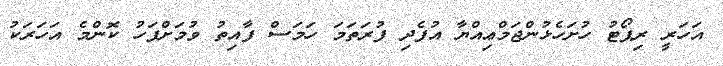
އަހަރީ ރިޕޯޓު ހުށަހެޅުންޖަމްޢިއްޔާ އުފެދި ފުރަތަމަ ހަމަސް ފާއިތު ވުމަށްފަހު ކޮންމެ އަހަރަކު